Eesti_Vabariigi_Tartu_Ulikool, lk 24
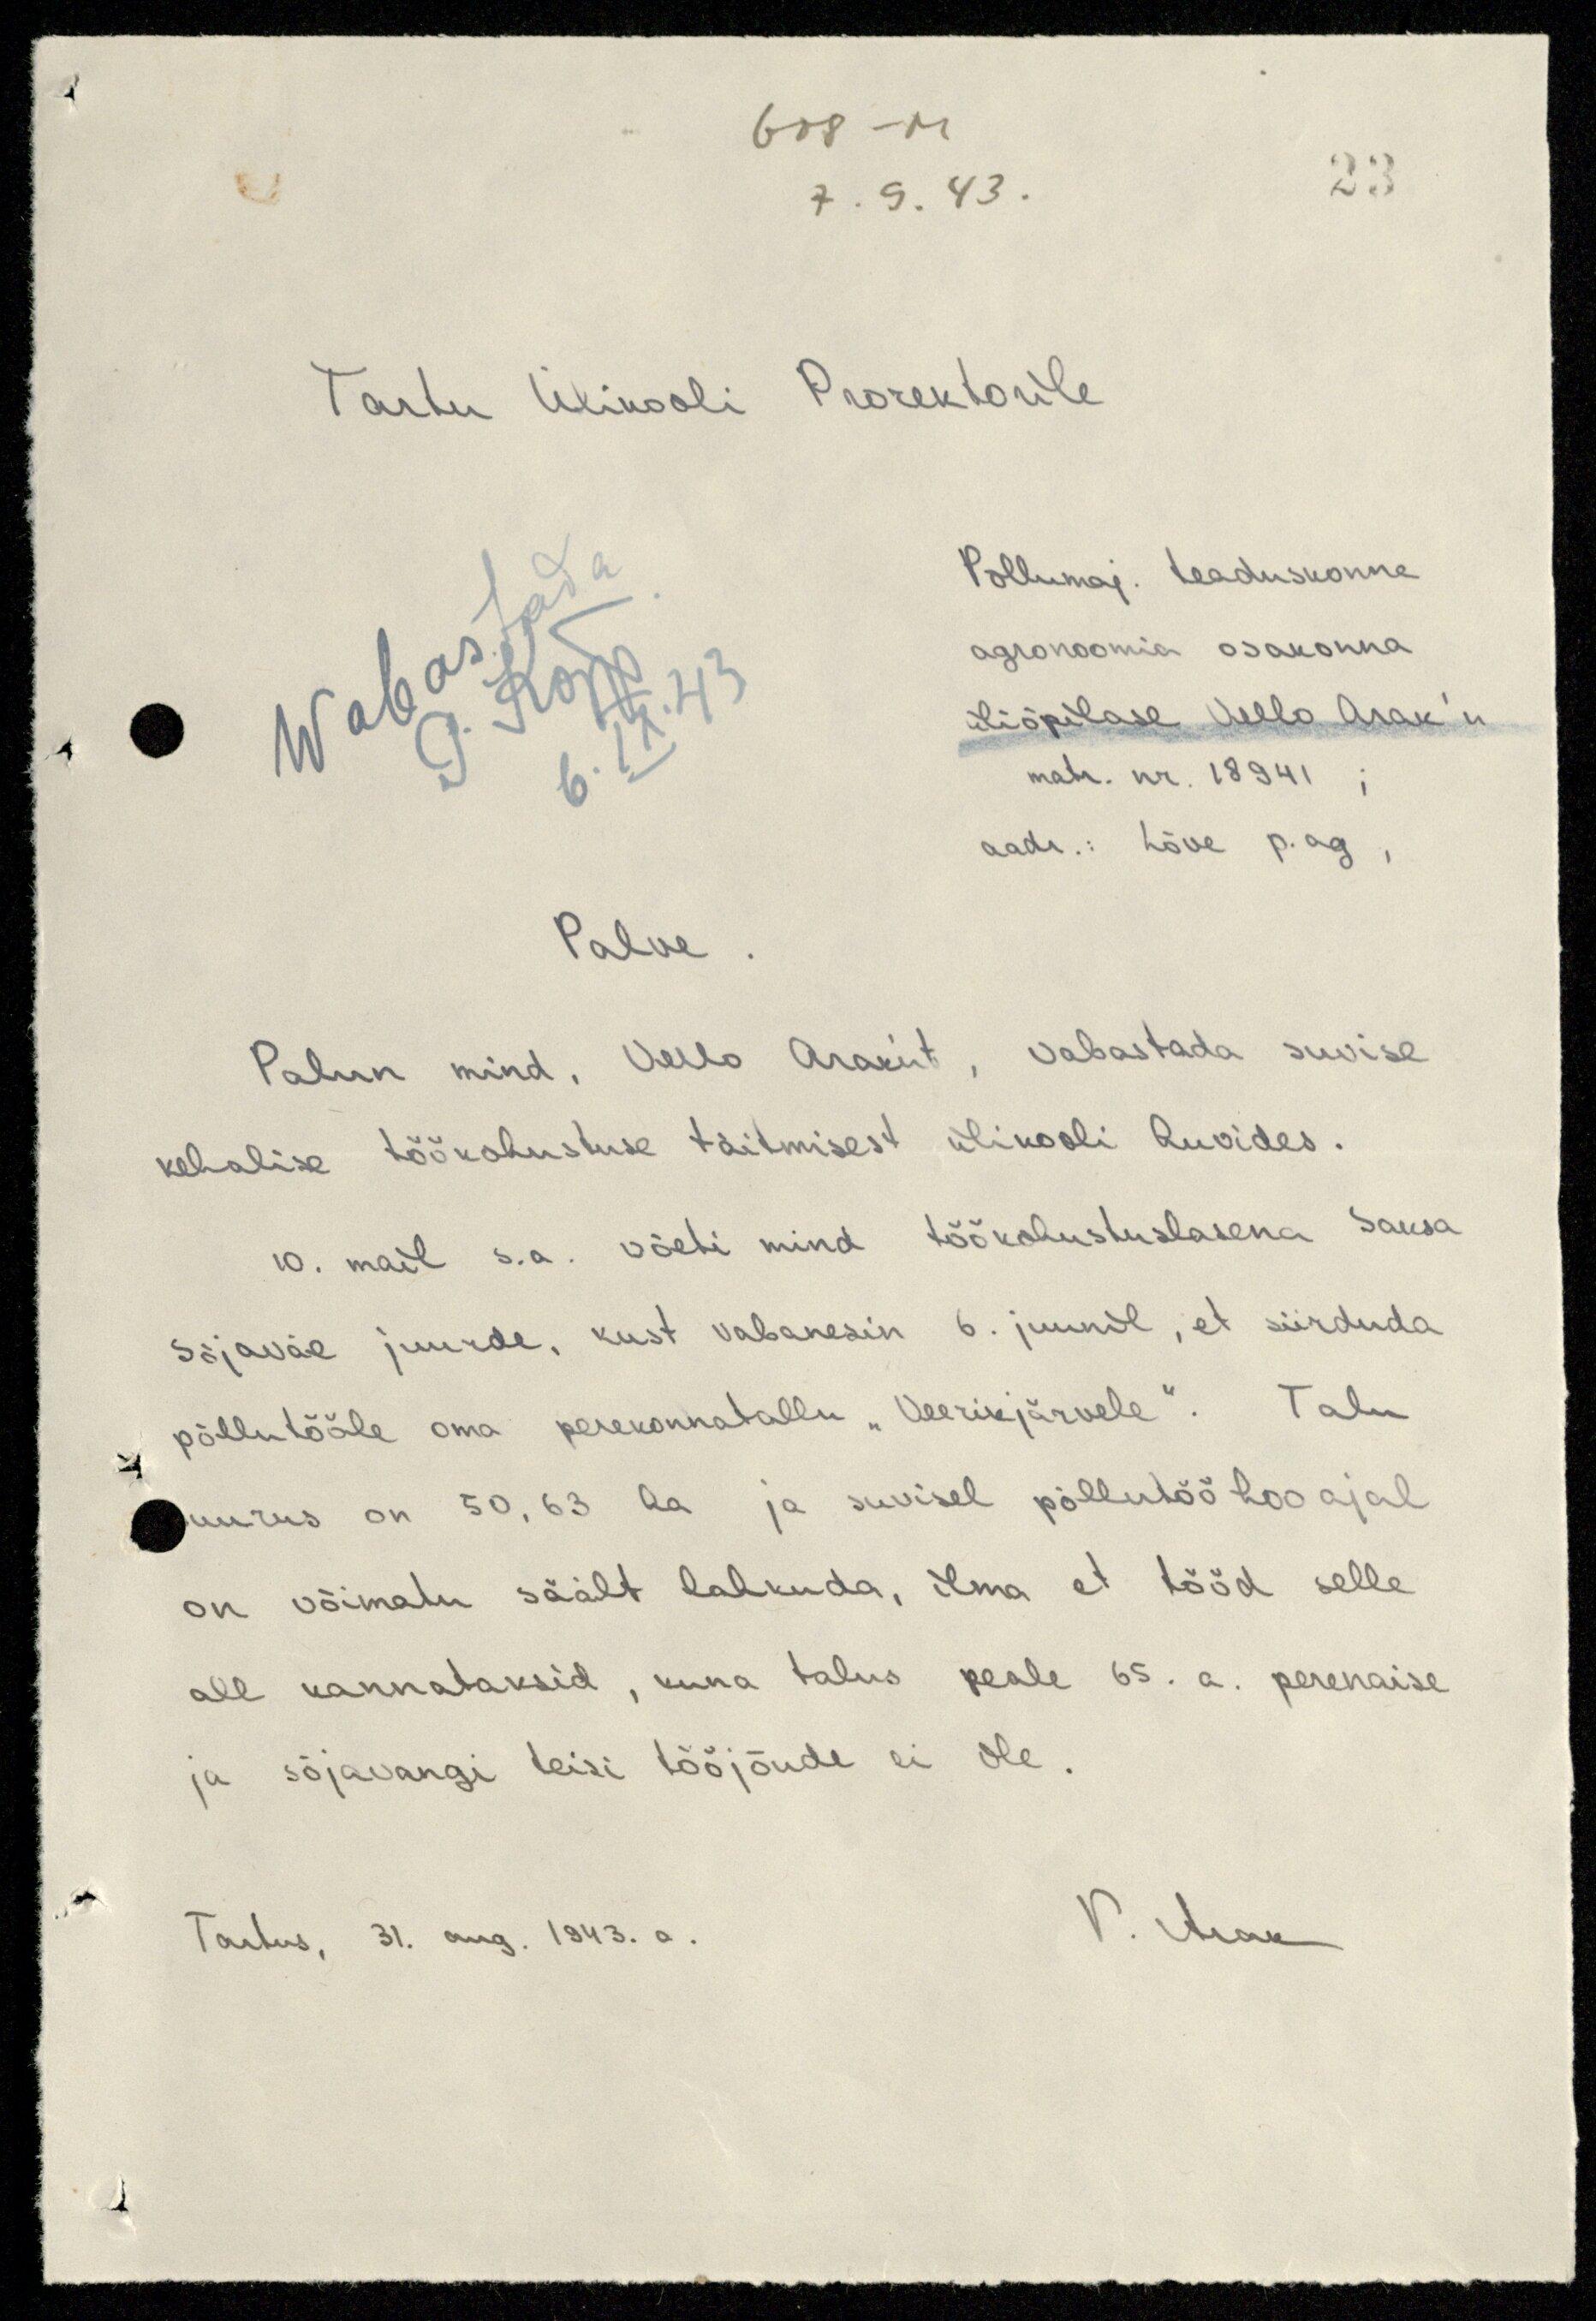
608 - M
7. 9. 43.
23
Tartu Ülikooli Prorektorile
Põllumaj. teaduskonna
agronoomia osakonna
üliõpilase Vello Arak'u
matr. nr. 18941 ;
aadr.: Lõve p. ag,
Palve.
Wabastada
P. Kõpp
6. IX.43
Palun mind, Vello Arak'ut, vabastada suvise
kehalise töökohustuse täitmisest ülikooli huvides.
10. mail s. a. võeti mind töökohustuslasena Saksa
sõjaväe juurde, kust vabanesin 6. juunil, et siirduda
põllutööle oma perekonnatallu "Veerikjärvele". Talu
suurus on 50,63 ha ja suvisel põllutööhooajal
on võimatu säält lahkuda, ilma et tööd selle
all kannataksid, kuna talus peale 65. a. perenaise
ja sõjavangi teisi tööjõude ei ole.
Tartus, 31. aug. 1943. a.
V. Arak